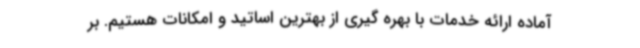
آماده ارائه خدمات با بهره گیری از بهترین اساتید و امکانات هستیم. بر